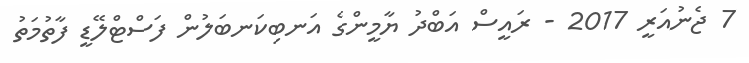
7 ޖެނުއަރީ 2017 - ރައީސް އަބްދު ޔާމީންގެ އަނބިކަނބަލުން ފަސްޓްލޭޑީ ފާތުމަތު